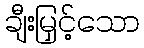
ချီးမြှင့်သော